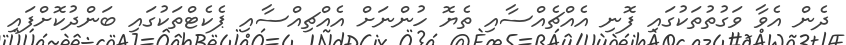
ދެން އެވާ ވަގުތުތަކުގައި ފޮނި އެއްޗެއްސާއި ތެޔޮ ހުންނަށް އެއްޗިއްސާއި ޕެކެޓްތަކުގައި ބަންދުކޮށްފައި